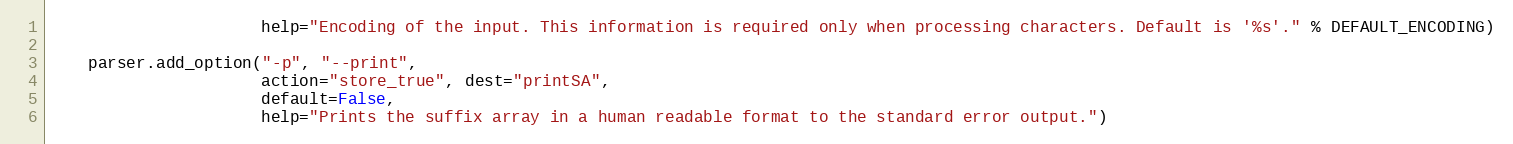
Language: Python
                      help="Encoding of the input. This information is required only when processing characters. Default is '%s'." % DEFAULT_ENCODING)

    parser.add_option("-p", "--print",
                      action="store_true", dest="printSA",
                      default=False,
                      help="Prints the suffix array in a human readable format to the standard error output.")